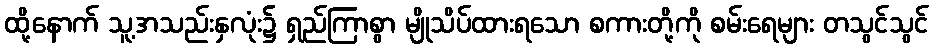
ထို့နောက် သူ့အသည်းနှလုံး၌ ရှည်ကြာစွာ မျိုသိပ်ထားရသော စကားတို့ကို စမ်းရေများ တသွင်သွင်